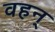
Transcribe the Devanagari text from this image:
वहन्